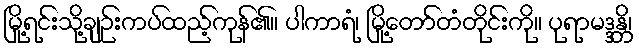
မြို့ရင်းသို့ချဉ်းကပ်ထည့်ကုန်၏။ ပါကာရံ၊ မြို့တော်တံတိုင်းကို။ ပုရာမဒ္ဒန္တိ၊